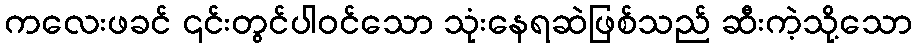
ကလေးဖခင် ၎င်းတွင်ပါဝင်သော သုံးနေရဆဲဖြစ်သည် ဆီးကဲ့သို့သော